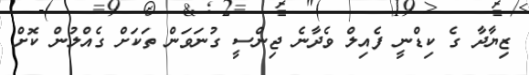
ޒިޔާދާ ގެ ކިޑްނީ ފެއިލް ވެދާނެ ޖިންސީ ގުނަވަން ތަކަށް ގެއްލުން ކޮށް